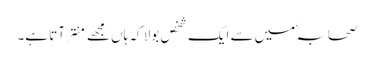
صحابہؓ میں سے ایک شخص بولا کہ ہاں مجھے منتر آتا ہے۔